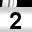
Digit: 2